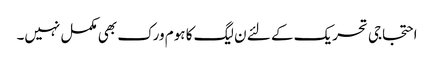
احتجاجی تحریک کے لئے ن لیگ کا ہوم ورک بھی مکمل نہیں۔